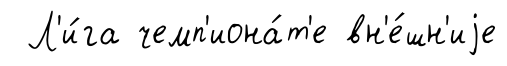
Л'и́га чемп'иона́т'е вн'е́шн'иjе